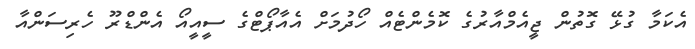
އެކަމާ ގުޅޭ ގޮތުން ޖީއެމްއާރުގެ ކޮމެންޓެއް ހޯދުމަށް އެއާޕޯޓްގެ ސީއީއޯ އެންޑްރޫ ހެރިސަންއާ